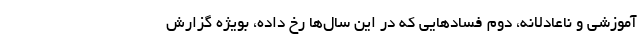
آموزشی و ناعادلانه، دوم فسادهایی که در این سال‌ها رخ داده، بویژه گزارش